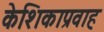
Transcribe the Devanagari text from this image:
केशिकाप्रवाह